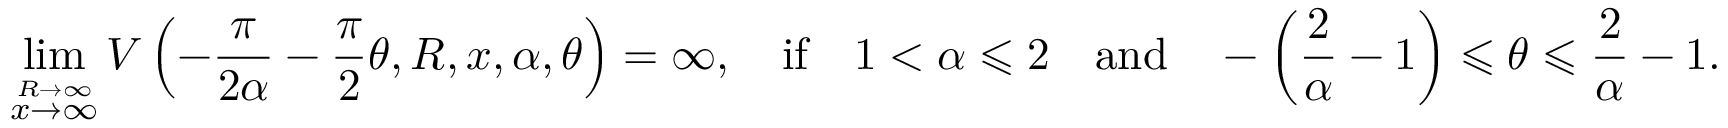
\operatorname* { l i m } _ { \stackrel { R \to \infty } { x \to \infty } } V \left( - \frac { \pi } { 2 \alpha } - \frac { \pi } { 2 } \theta , R , x , \alpha , \theta \right) = \infty , \quad \mathrm { i f } \quad 1 < \alpha \leqslant 2 \quad \mathrm { a n d } \quad - \left( \frac { 2 } { \alpha } - 1 \right) \leqslant \theta \leqslant \frac { 2 } { \alpha } - 1 .